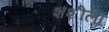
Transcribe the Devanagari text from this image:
शशीला